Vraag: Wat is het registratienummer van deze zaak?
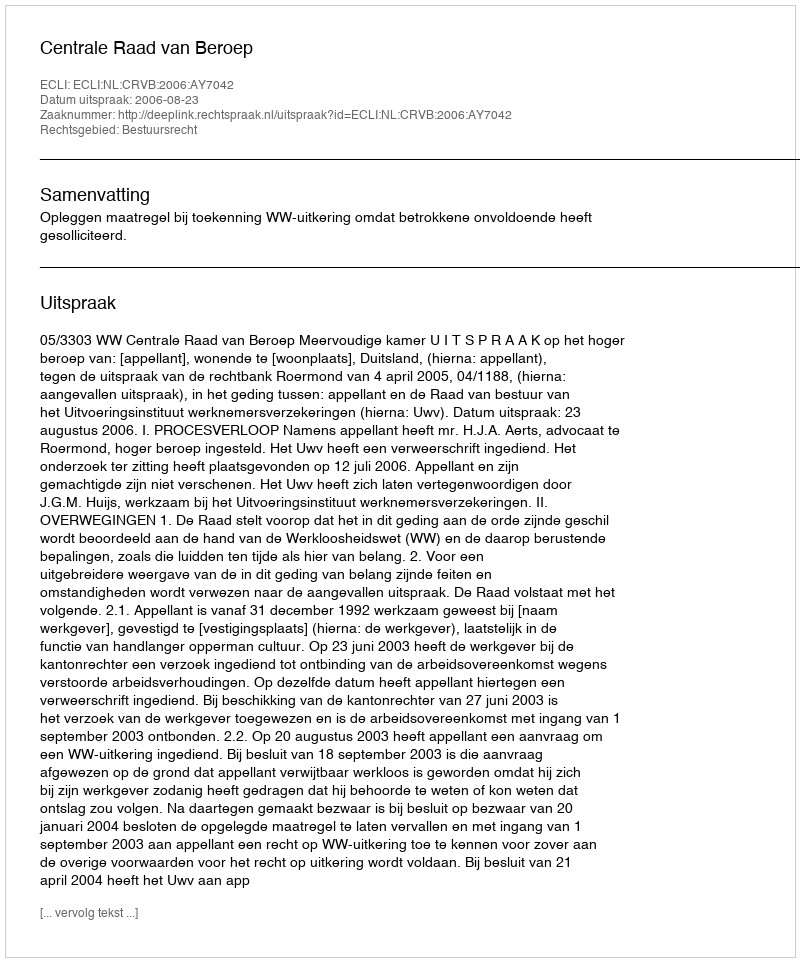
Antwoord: http://deeplink.rechtspraak.nl/uitspraak?id=ECLI:NL:CRVB:2006:AY7042